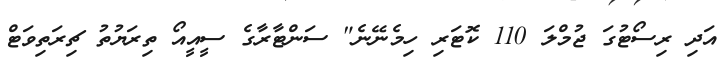
އަދި ރިސޯޓުގަ ޖުމްލަ 110 ކޮޓަރި ހިމެނޭނެ" ސަންޓާރާގެ ސީއީއޯ ތިރަޔުތު ޗިރަތިވަޓް